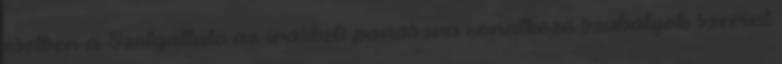
esetben a Szolgáltató az írásbeli panaszra vonatkozó szabályok szerint